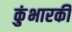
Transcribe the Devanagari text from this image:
कुंभारकी